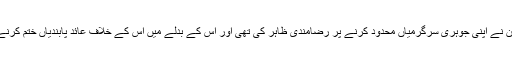
اس ڈیل کے تحت ایران نے اپنی جوہری سرگرمیاں محدود کرنے پر رضامندی ظاہر کی تھی اور اس کے بدلے میں اُس کے خلاف عائد پابندیاں ختم کرنے کا اعلان کیا گیا تھا۔